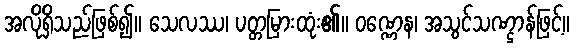
အလိုရှိသည်ဖြစ်၍။ သေလဿ၊ ပတ္တမြားထုံး၏။ ဝဏ္ဏေန၊ အသွင်သဏ္ဌာန်ဖြင့်။